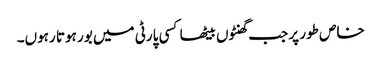
خاص طور پر جب گھنٹوں بیٹھا کسی پارٹی میں بور ہوتا رہوں۔